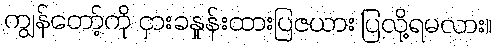
ကျွန်တော့်ကို ငှားခနှုန်းထားပြဇယား ပြလို့ရမလား။